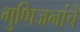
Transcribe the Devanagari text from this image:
गुणिजनांचे